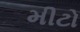
મીટો